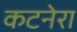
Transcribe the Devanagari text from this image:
कटनेरा